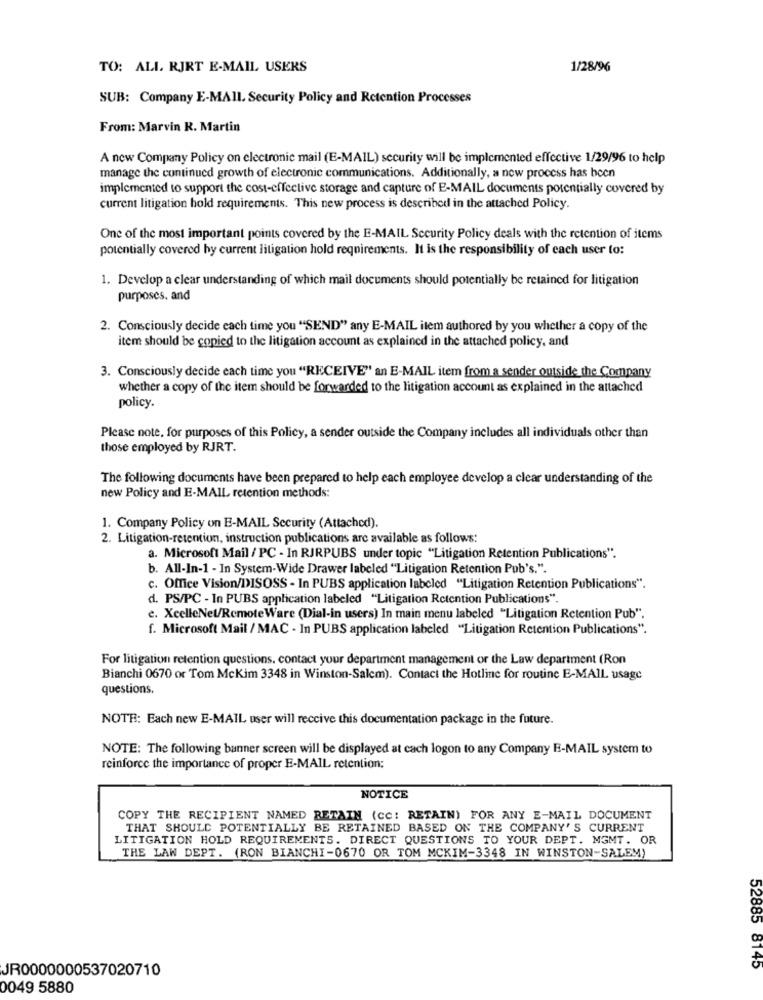
TO: ALL. RJRT E-MAIL USERS
1/28/96
SUB: Company E-MAIL. Security Policy and Retention Processes
From: Marvin R. Martin
A new Company Policy on electronic mail (E-MAIL) security will be implemented effective 1/29/96 to help
manage the continued growth of electronic communications. Additionally, a new process has been
implemented to support the cost-effective storage and capture of E-MAIL documents potentially covered by
current litigation hold requirements. This new process is described in the attached Policy.
One of the most important points covered by the E-MAIL Security Policy deals with the retention of items
potentially covered by current litigation hold requirements. It is the responsibility of each user to:
1. Develop a clear understanding of which mail documents should potentially be retained for litigation
purposes. and
2. Consciously decide each time you "SEND" any E-MAIL item authored by you whether a copy of the
item should be copied to the litigation account as explained in the attached policy, and
3. Consciously decide each time you "RECEIVE" an E-MAIL item from a sender outside the Company
whether a copy of the item should be forwarded to the litigation account as explained in the attached
policy.
Please note, for purposes of this Policy, a sender outside the Company includes all individuals other than
those employed by RJRT.
The following documents have been prepared to help each employee develop a clear understanding of the
new Policy and E-MAIL retention methods:
1. Company Policy on E-MAIL Security (Attached).
2. Litigation-retention, instruction publications are available as follows:
a. Microsoft Mail / PC - In RJRPUBS under topic "Litigation Retention Publications".
b. All-In-1 - In System-Wide Drawer labeled "Litigation Retention Pub's.".
c. Office Vision/DISOSS - In PUBS application labeled "Litigation Retention Publications".
d. PS/PC - In PUBS application labeled "Litigation Retention Publications".
c. XcelleNet/RemoteWare (Dial-in users) In main menu labeled "Litigation Retention Pub",
f. Microsoft Mail / MAC - In PUBS application labeled "Litigation Retention Publications".
For litigation retention questions. contact your department management or the Law department (Ron
Bianchi 0670 or Tom Mckim 3348 in Winston-Salem). Contact the Hotline for routine E-MAIL usage
questions.
NOTE: Each new E-MAIL user will receive this documentation package in the future.
NOTE: The following banner screen will be displayed at cach logon to any Company E-MAIL system to
reinforce the importance of proper E-MAIL retention:
NOTICE
COPY THE RECIPIENT NAMED RETAIN (CC: RETAIN) FOR ANY E-MAIL DOCUMENT
THAT SHOULD POTENTIALLY BE RETAINED BASED ON THE COMPANY'S CURRENT
LITIGATION HOLD REQUIREMENTS. DIRECT QUESTIONS TO YOUR DEPT. MGMT. OR
THE LAW DEPT. (RON BIANCHI-0670 OR TOM MCKIM-3348 IN WINSTON-SALEM)
JR0000000537020710
52885 8145
0049 5880